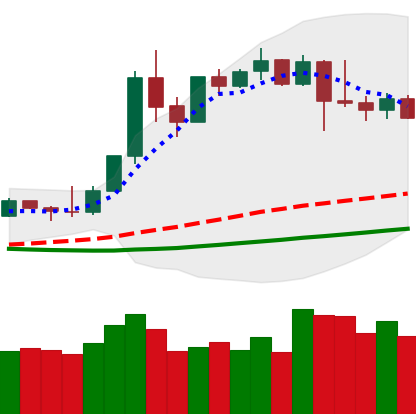
Ticker: XMR-USD
Chart end date: 2019-04-15
Forward return: 8.037%
Label: up_7plus